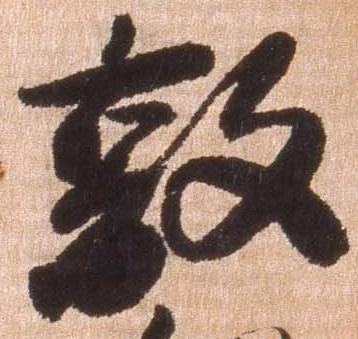
敦